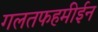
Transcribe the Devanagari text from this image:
गलतफहमीईन